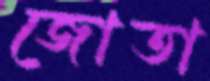
জোতা